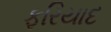
ફરિયાદ